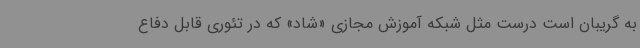
به گریبان است درست مثل شبکه آموزش مجازی «شاد» که در تئوری قابل دفاع